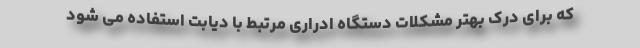
که برای درک بهتر مشکلات دستگاه ادراری مرتبط با دیابت استفاده می شود